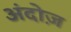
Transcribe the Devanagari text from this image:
अंदोज़